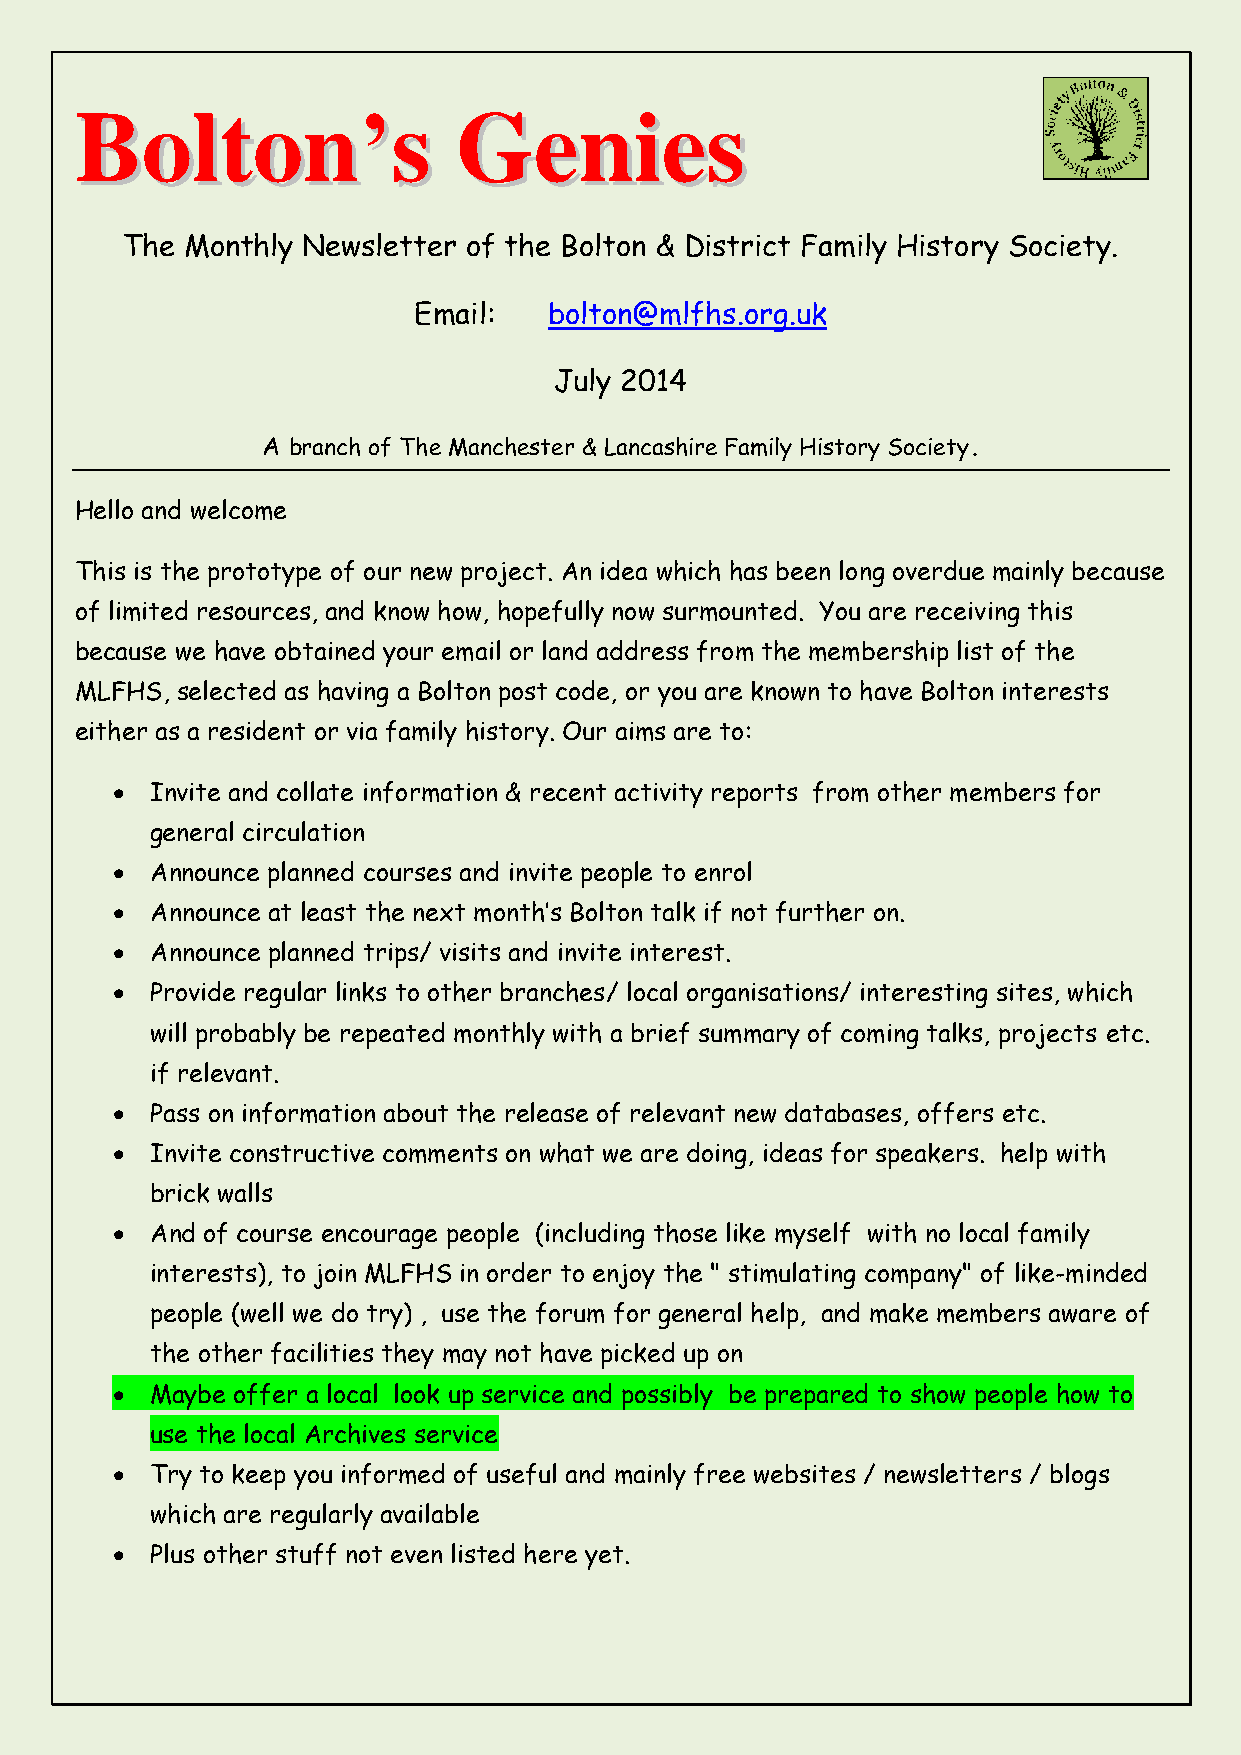
BBoollttoonn’’ss         GGeenniieess
 The Monthly Newsletter of the Bolton & District Family History Society.
 Email:   bolton@mlfhs.org.uk
 July 2014
 A branch of The Manchester & Lancashire Family History Society.
 Hello and welcome
 This is the prototype of our new project. An idea which has been long overdue mainly because
 of limited resources, and know how, hopefully now surmounted. You are receiving this
 because we have obtained your email or land address from the membership list of the
 MLFHS, selected as having a Bolton post code, or you are known to have Bolton interests
 either as a resident or via family history. Our aims are to:
   Invite and collate information & recent activity reports from other members for
 general circulation
   Announce planned courses and invite people to enrol
   Announce at least the next month’s Bolton talk if not further on.
   Announce planned trips/ visits and invite interest.
   Provide regular links to other branches/ local organisations/ interesting sites, which
 will probably be repeated monthly with a brief summary of coming talks, projects etc.
 if relevant.
   Pass on information about the release of relevant new databases, offers etc.
   Invite constructive comments on what we are doing, ideas for speakers. help with
 brick walls
   And of course encourage people (including those like myself with no local family
 interests), to join MLFHS in order to enjoy the " stimulating company" of like-minded
 people (well we do try) , use the forum for general help, and make members aware of
 the other facilities they may not have picked up on
   Maybe offer a local look up service and possibly be prepared to show people how to
 use the local Archives service
   Try to keep you informed of useful and mainly free websites / newsletters / blogs
 which are regularly available
   Plus other stuff not even listed here yet.